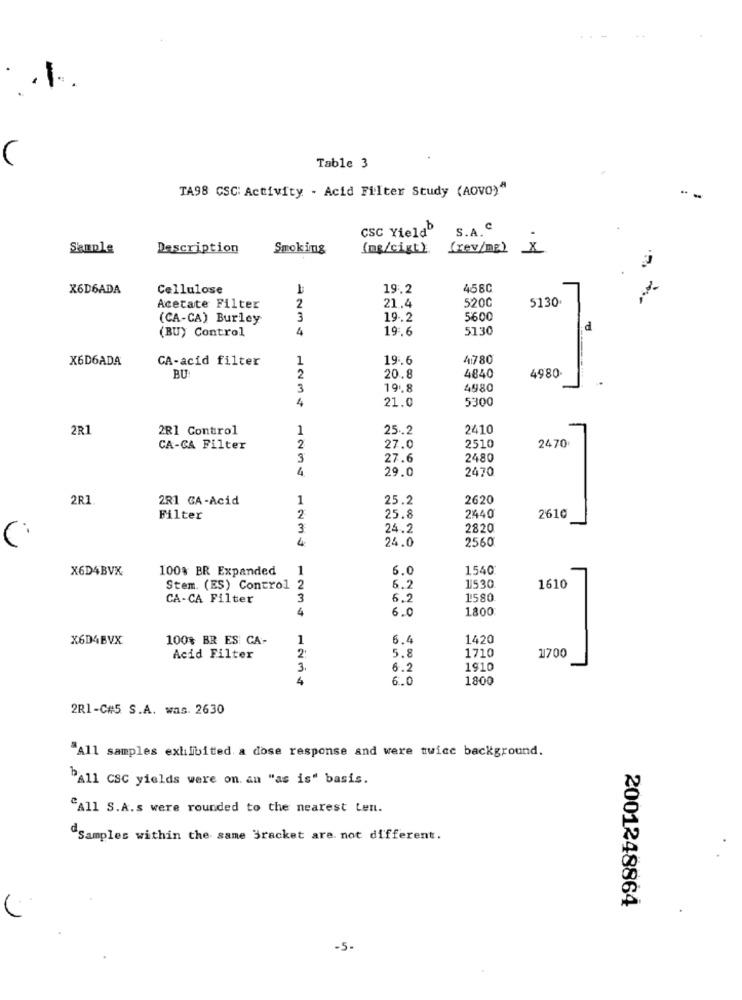
. . 1.
C
Table 3
TA98 CSC: Activity - Acid Filter Study (AOVO)"
csc YieldD
S.A. C.
Sample
Description
Smoking
(ng/cigt)
(rev/mg) ×
X6D6ADA
Cellulose
19: 2
458C
21.4
5200
5130
Acetate Filter
2
(CA-CA) Burley
3
19.2
5600
(BU) Control
4
19.6
5130
d
X6D6ADA
CA-acid filter
1
19.6
4780
BU
2
20.8
4840
4980
3
19.8
4980
4
21.0
5300
2R1
2R1 Control
1
25.2
2410
2510
CA-CA Filter
2
27.0
2470
3
27.6
2480
4
29.0
2470
2R
2R1 GA-Acid
1
25.2
2620
Filter
2
25.8
2440
2610
3
24.2
2820
4
24.0
2560
X6D4BVX
100% BR Expanded
1
6.0
1540
1530
Stem. (ES) Control 2
6.2
1610
CA-CA Filter
3
6.2
1580
4
6.0
1800
X6D4BVX
100% BR ES: CA-
1
6.4
1420
L
1710
Acid Filter
2
5.8
1700
3
6.2
1910
4
5.0
1800
2R1-C#5 S.A. was. 2630
"All samples exhibited. a dose response and were twice background.
"All CSC yields were on. an "as is" basis.
"All S.A.s were rounded to the nearest Len.
"Samples within the same Bracket are not different.
2001248864
-5-